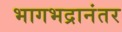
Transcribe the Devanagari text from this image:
भागभद्रानंतर